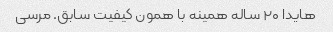
هایدا ۲۰ ساله همینه با همون کیفیت سابق. مرسی